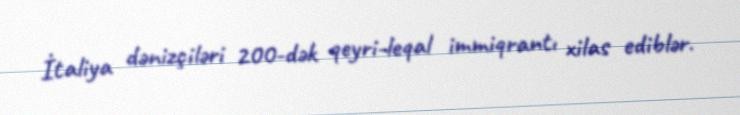
İtaliya dənizçiləri 200-dək qeyri-leqal immiqrantı xilas ediblər.